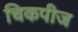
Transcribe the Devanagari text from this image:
चिकपीज